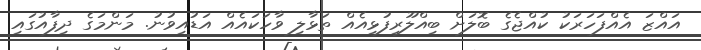
އައްޒަ އެއްފަހަރަކު ކުއްޖެގެ ބޮލަށް ބިއްލޫރިފުޅިއެއް ތަޅާލި ވާހަކައެއް އަޑުއިވުނު. މަންމަގެ ދިފާއުގައި